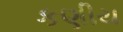
કણીય